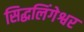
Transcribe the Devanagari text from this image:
सिद्धलिंगेश्वर